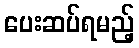
ပေးဆပ်ရမည့်